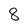
Character: 8